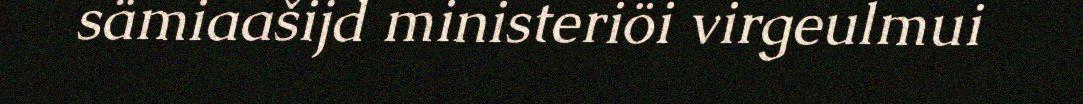
sämiaašijd ministeriöi virgeulmui